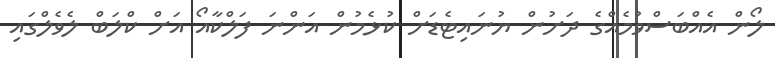
ލޯން އެއްބަސްވުމެއްގެ ދަށުން ޔުނައިޓެޑަށް ކުޅެމުން އަންނަ ފަލްކާއޯ އަށް ކްލަބް ލެވެލްގައި